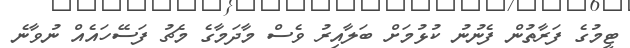
ޓީމުގެ ފަރާތުން ފެނުނު ކުޅުމަށް ބަލާއިރު ވެސް މާދަމާގެ މެޗު ފަސޭހައެއް ނުވާނެ